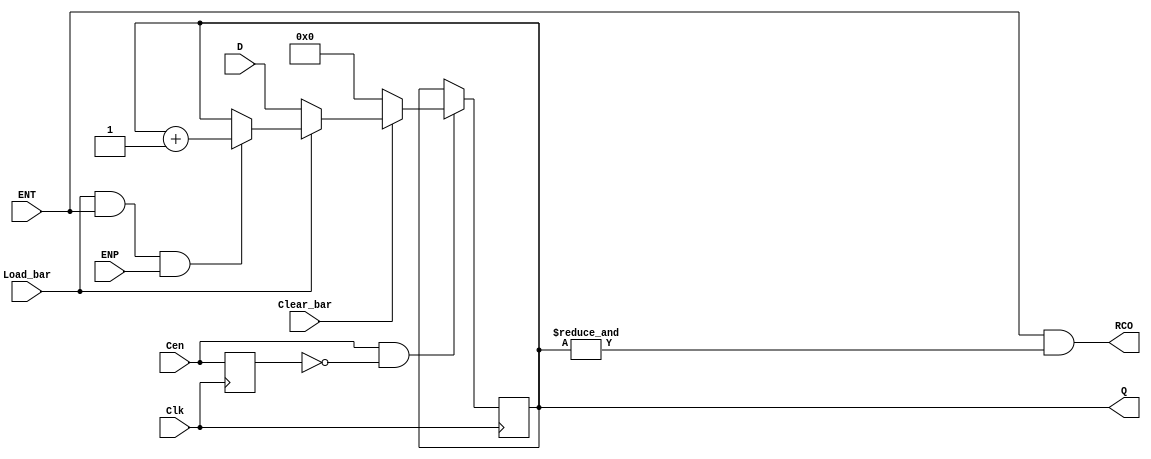
  // 4-bit modulo 16 binary counter with parallel load, 
//*** FOR SYNTHESIS ***
//Synchronous Reset (SRn) -> LS163A
//<START_TEMPLATE>
//ttl_74161a #(.DELAY_RISE(20), .DELAY_FALL(25)) <NAME> (.Clear_bar(), .Load_bar(), .ENT(), .ENP(), .D(), .Clk(), .RCO(), .Q());
//<END_TEMPLATE>
//
//tP_clk2tc = 19ns min, 25ns max
//tP_clk2q =  15ns min, 25ns max
//20,25
`default_nettype none
`timescale 1ns/1ps

module ttl_74163a_sync #(parameter WIDTH = 4)
(
  input wire Clk, //2
  input wire Clear_bar, //1 SYNCHRONOUS
  input wire Load_bar, //9
  input wire ENT, //7
  input wire ENP, //10
  input wire [WIDTH-1:0] D, //D 6, C 5, B 4, A 3 
  input wire Cen, //Clock enable signal and trigger
  output wire RCO, //15
  output wire [WIDTH-1:0] Q //QD 11, QC 12, QB 13, QA 14
);
  //------------------------------------------------//
  wire RCO_current;
  reg [WIDTH-1:0] Q_current;
  wire [WIDTH-1:0] Q_next;
  reg last_cen;
  reg load_reg;

  initial last_cen = 1'b1;
  initial Q_current = {WIDTH{1'b0}};

  assign Q_next = Q_current + {{(WIDTH-1){1'b0}},1'b1};

  always @(posedge Clk)
  begin
    last_cen <= Cen;

    if (Cen && !last_cen) begin //rising edge
      if (!Clear_bar)  begin //synchronous clear
        Q_current <= {WIDTH{1'b0}};
      end 
      else 
      begin 
        if (!Load_bar) begin
          Q_current <= D;
        end
        else if (Load_bar && ENT && ENP) begin
          Q_current <= Q_next;
        end
      end
    end
  end
    
  // output
  assign RCO_current = ENT && (&Q_current);
  assign RCO = RCO_current;
  assign Q = Q_current;
endmodule